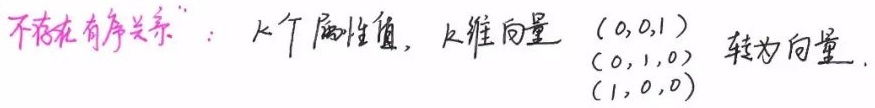
“不存在有序关系”：$k$个属性值，$k$维向量 $\begin{pmatrix}0,0,1\end{pmatrix}$，$\begin{pmatrix}0,1,0\end{pmatrix}$ 转为向量 $\begin{pmatrix}1,0,0\end{pmatrix}$